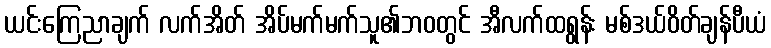
ယင်းကြေညာချက် လက်အိတ် အိပ်မက်မက်သူ၏ဘ၀တွင် အီလက်ထရွန်း မစ်ဒယ်ဝိတ်ချန်ပီယံ